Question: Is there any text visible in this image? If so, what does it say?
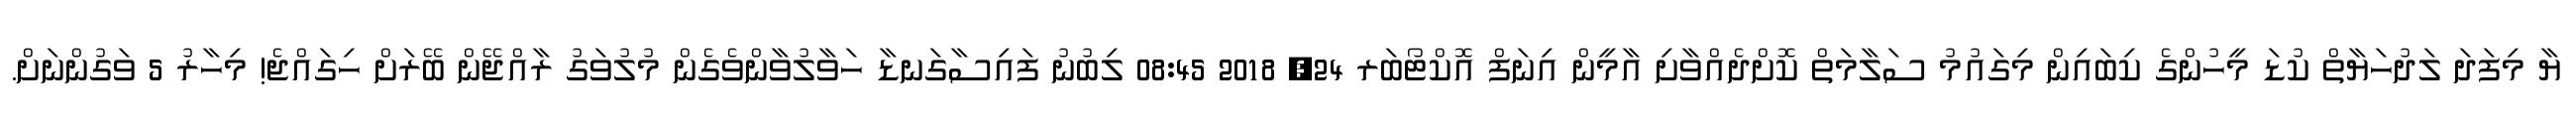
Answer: ޔާ މިފަދަ ލަދުހަޔާތް ކުޑަ މީހުންގެ ކިބައިން މިގައުމު ސަލާމަތް ކޮށްދެއްވާށި އާމީން އިނަފް އޮކްޓޯބަރ 24, 2018 08:45 ލިބުނު ފައިސާގަނޑާ ހަވާލުވާންވެގެން މުލުވަގު ރާއްޖޭން ބޭރަށް ހިގައްޖެ! މިހާރު 5 ވަގުންނަށް.